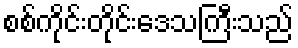
စစ်ကိုင်းတိုင်းဒေသကြီးသည်